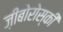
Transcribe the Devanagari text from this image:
ज़ीबोरोस्‍की